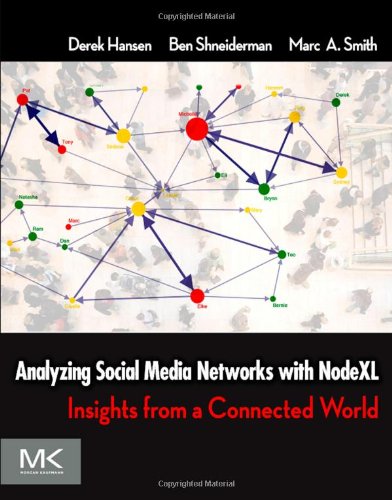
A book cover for Analyzing Social Media Networks with NodeXL: Insights from a Connected World; Derek Hansen; Computers & Technology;